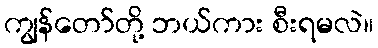
ကျွန်တော်တို့ ဘယ်ကား စီးရမလဲ။